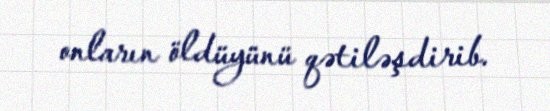
onların öldüyünü qətiləşdirib.